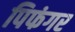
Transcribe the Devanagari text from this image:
पिफंगर